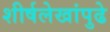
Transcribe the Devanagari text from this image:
शीर्षलेखांपुढे